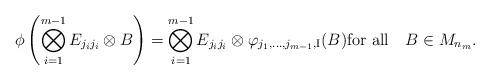
LaTeX: \begin{align*}\phi\left (\bigotimes\limits_{i=1}^{m-1}E_{j_ij_i}\otimes B\right )=\bigotimes\limits_{i=1}^{m-1}E_{j_ij_i}\otimes\varphi_{j_1,\ldots,j_{m-1},\mathrm{I}}(B)\hbox{for all\quad} B\in M_{n_m}.\end{align*}